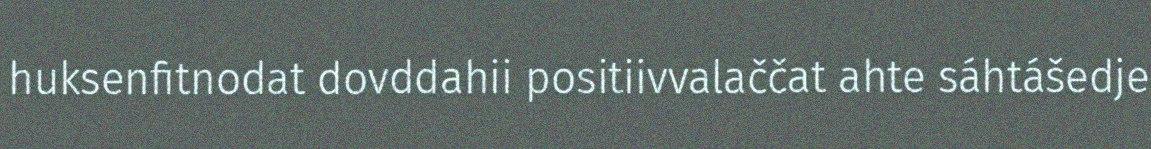
huksenfitnodat dovddahii positiivvalaččat ahte sáhtášedje